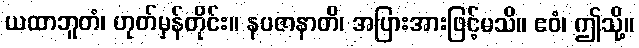
ယထာဘူတံ၊ ဟုတ်မှန်တိုင်း။ နပဇာနာတိ၊ အပြားအားဖြင့်မသိ။ ဧဝံ၊ ဤသို့။